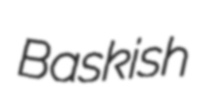
Baskish